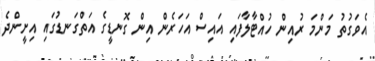
އެވަގުތު މަންމަ ރުއިން ހުއްޓާލާފައި އައިސް އަހަރެން އިން ގޮނޑީގެ އަތްގަނޑުގައި އިށީންދެ